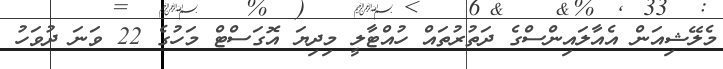
މެލޭޝިއަން އެއާލައިންސްގެ ދަތުރުތައް ހުއްޓާލީ މިދިޔަ އޮގަސްޓް މަހުގެ 22 ވަނަ ދުވަހު